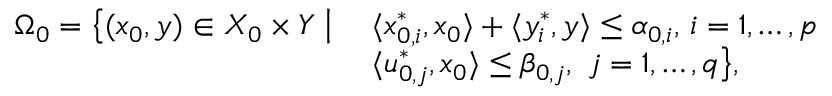
\begin{array} { r } { \begin{array} { l l } { \Omega _ { 0 } = \big \{ ( x _ { 0 } , y ) \in X _ { 0 } \times Y \; \big | \; } & { \langle x _ { 0 , i } ^ { * } , x _ { 0 } \rangle + \langle y _ { i } ^ { * } , y \rangle \leq \alpha _ { 0 , i } , \, i = 1 , \ldots , p } \\ & { \langle u _ { 0 , j } ^ { * } , x _ { 0 } \rangle \leq \beta _ { 0 , j } , \ j = 1 , \ldots , q \big \} , } \end{array} } \end{array}